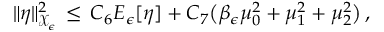
\| \eta \| _ { \mathcal { X } _ { \epsilon } } ^ { 2 } \, \le \, C _ { 6 } E _ { \epsilon } [ \eta ] + C _ { 7 } \bigl ( \beta _ { \epsilon } \mu _ { 0 } ^ { 2 } + \mu _ { 1 } ^ { 2 } + \mu _ { 2 } ^ { 2 } \bigr ) \, ,